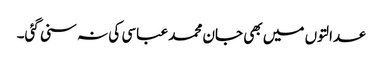
عدالتوں میں بھی جان محمد عباسی کی نہ سنی گئی۔